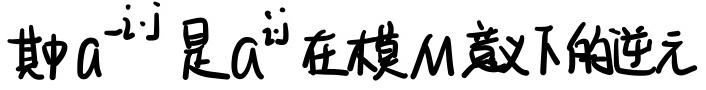
其中$a^{-i\cdot j}$是$a^{i\cdot j}$在模$M$意义下的逆元